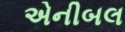
એનીબલ